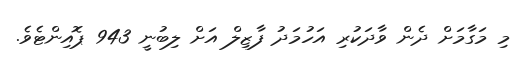
މި މަގާމަށް ދެން ވާދަކުރި އަހުމަދު ފާޒިލް އަށް ލިބުނީ 943 ޕޮއިންޓެވެ.